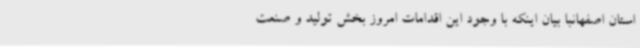
استان اصفهانبا بیان اینکه با وجود این اقدامات امروز بخش تولید و صنعت